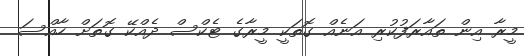
މީރާ އިން ތައާރަފުކުރި އަނެއް ގޮތަކީ މީރާގެ ޓެކްސް ދެއްކޭ ގޮތަށް ހާއްސަ